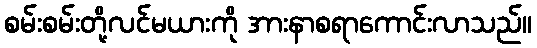
စမ်းစမ်းတို့လင်မယားကို အားနာစရာကောင်းလာသည်။